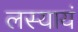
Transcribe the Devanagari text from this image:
लस्यायं